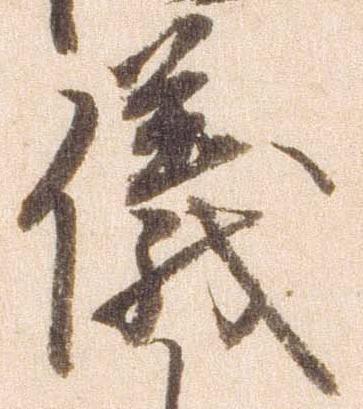
儀